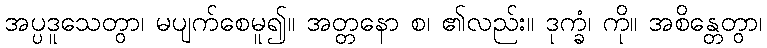
အပ္ပဒူသေတွာ၊ မပျက်စေမူ၍။ အတ္တနော စ၊ ၏လည်း။ ဒုက္ခံ၊ ကို။ အစိန္တေတွာ၊